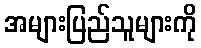
အများပြည်သူများကို